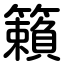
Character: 籟